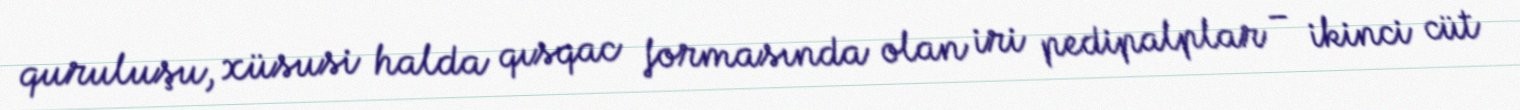
quruluşu, xüsusi halda qısqac formasında olan iri pedipalplar – ikinci cüt